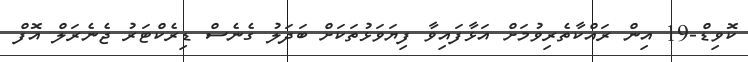
ކޮވިޑް-19 އިން ރައްކާތެރިވުމަށް އަޅާފައިވާ ފިޔަވަޅުތަކަށް ބަދަލު ގެނެސް ޑިރެކްޓަރު ޖެނެރަލް އޮފް